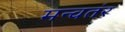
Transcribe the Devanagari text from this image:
मन्वतंर